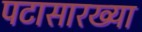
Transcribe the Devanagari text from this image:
पटासारख्या